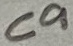
Text: C9